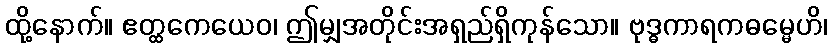
ထို့နောက်။ ဧတ္ထကေယေဝ၊ ဤမျှအတိုင်းအရှည်ရှိကုန်သော။ ဗုဒ္ဓကာရကဓမ္မေဟိ၊